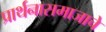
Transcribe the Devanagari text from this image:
प्रार्थनासमाजाचे